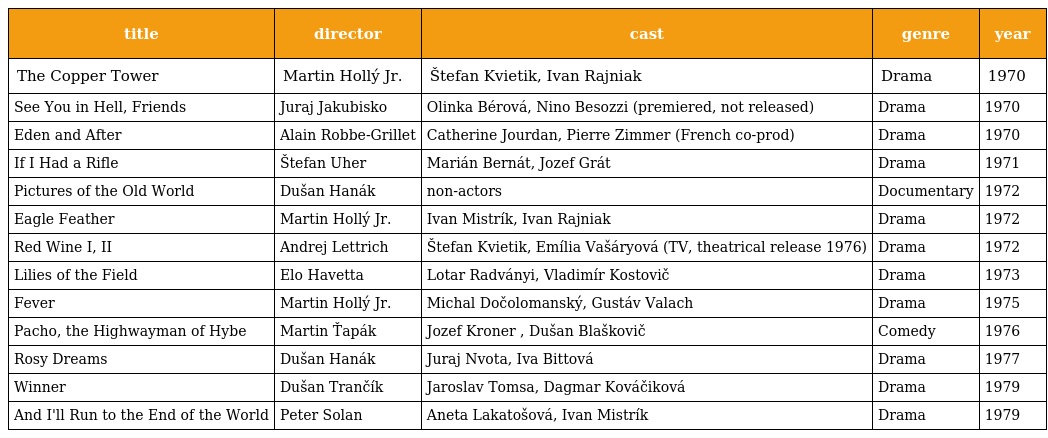
| title | director | cast | genre | year |
 | --- | --- | --- | --- | --- |
 | The Copper Tower | Martin Hollý Jr. | Štefan Kvietik, Ivan Rajniak | Drama | 1970 |
 | See You in Hell, Friends | Juraj Jakubisko | Olinka Bérová, Nino Besozzi (premiered, not released) | Drama | 1970 |
 | Eden and After | Alain Robbe-Grillet | Catherine Jourdan, Pierre Zimmer (French co-prod) | Drama | 1970 |
 | If I Had a Rifle | Štefan Uher | Marián Bernát, Jozef Grát | Drama | 1971 |
 | Pictures of the Old World | Dušan Hanák | non-actors | Documentary | 1972 |
 | Eagle Feather | Martin Hollý Jr. | Ivan Mistrík, Ivan Rajniak | Drama | 1972 |
 | Red Wine I, II | Andrej Lettrich | Štefan Kvietik, Emília Vašáryová (TV, theatrical release 1976) | Drama | 1972 |
 | Lilies of the Field | Elo Havetta | Lotar Radványi, Vladimír Kostovič | Drama | 1973 |
 | Fever | Martin Hollý Jr. | Michal Dočolomanský, Gustáv Valach | Drama | 1975 |
 | Pacho, the Highwayman of Hybe | Martin Ťapák | Jozef Kroner , Dušan Blaškovič | Comedy | 1976 |
 | Rosy Dreams | Dušan Hanák | Juraj Nvota, Iva Bittová | Drama | 1977 |
 | Winner | Dušan Trančík | Jaroslav Tomsa, Dagmar Kováčiková | Drama | 1979 |
 | And I'll Run to the End of the World | Peter Solan | Aneta Lakatošová, Ivan Mistrík | Drama | 1979 |